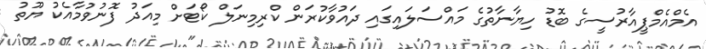
އެމްއެމްޕީއާރުސީގެ ބޮޑު ހިޔާނާތުގެ މައްސަލައިގައި ދައުވާކުރަން ކްރިމިނަލް ކޯޓަށް މިއަދު ފޮނުވުމާއެކު ޔޫތު